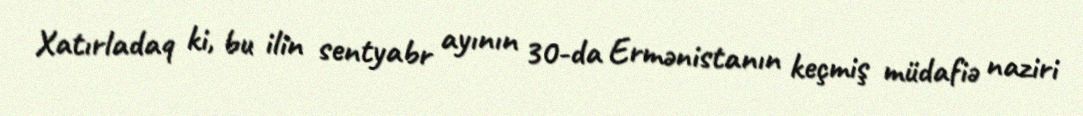
Xatırladaq ki, bu ilin sentyabr ayının 30-da Ermənistanın keçmiş müdafiə naziri